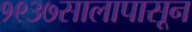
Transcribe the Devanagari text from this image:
१९३७सालापासून